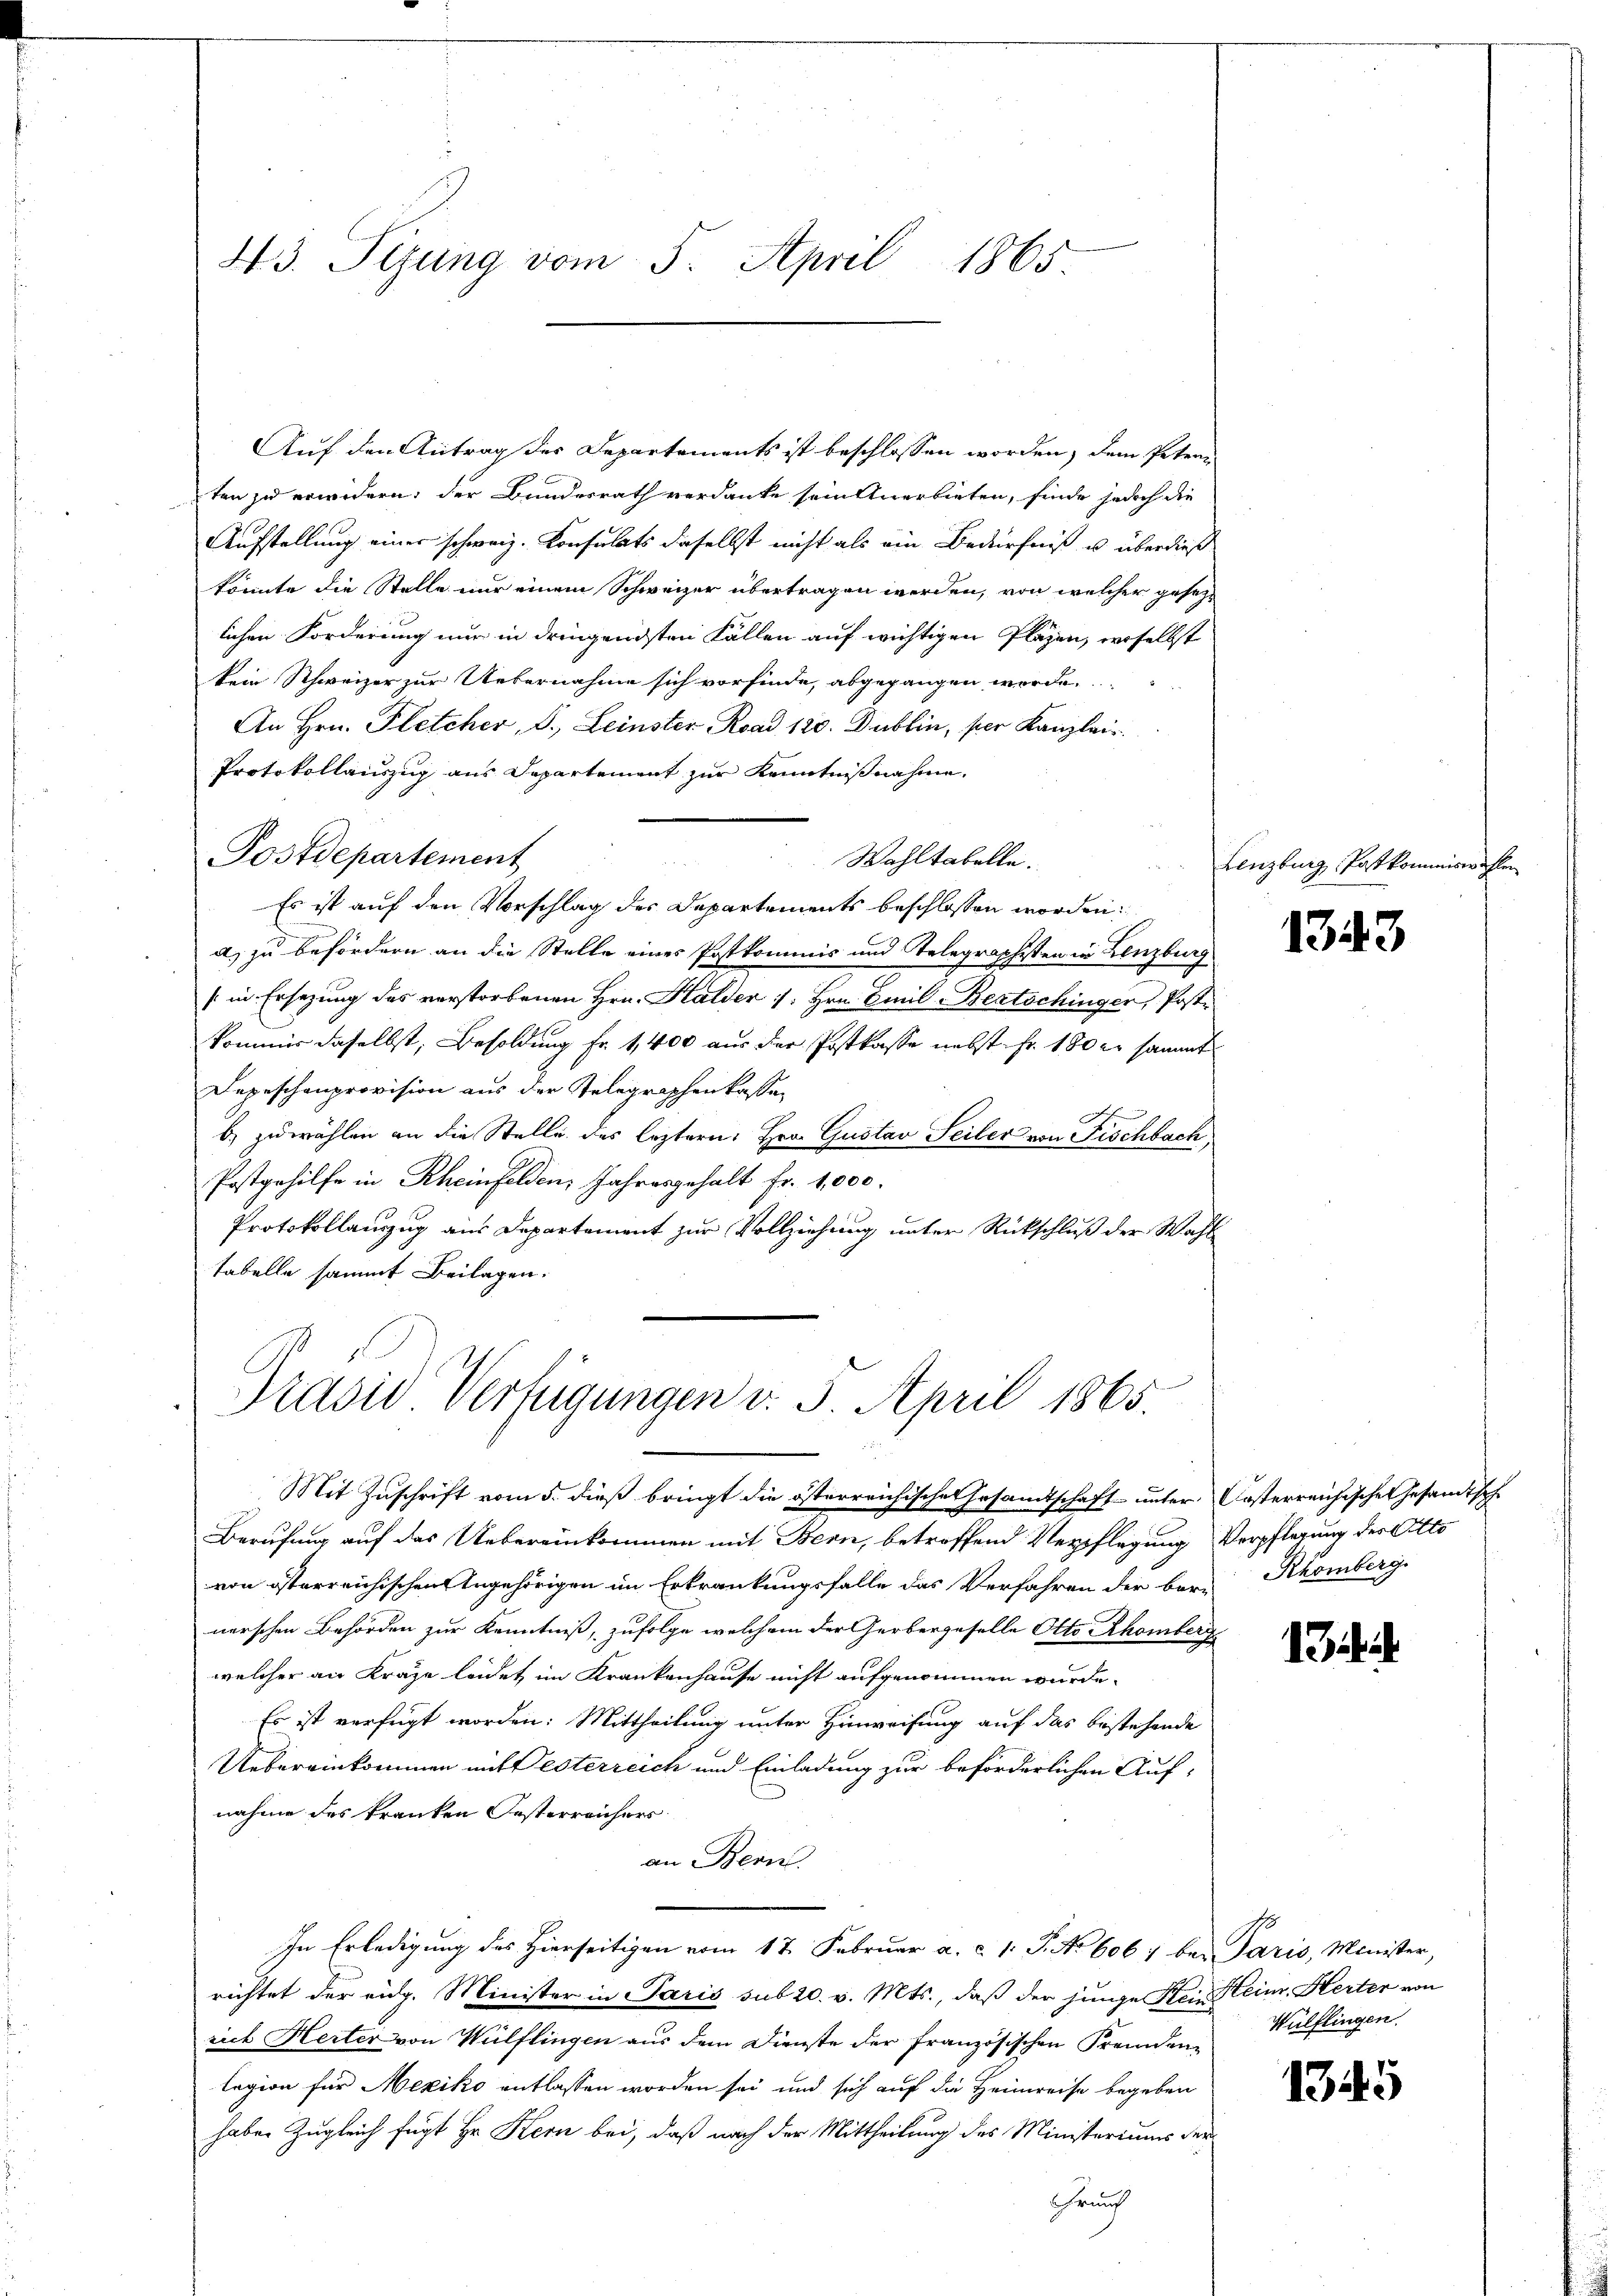
43. Segung vom 5. April 1865.

Auf den Antrag des Departements ist beschlossen worden, dem Peteriten zu erwidern, der Bundesrath verdanke sein Anerbieten, finde jedoch die
Aufstellung einer schweiz. Konsulats daselbst nicht als ein Bedürfniß u. überdieß
könnte die Stelle nur einem Schweizer übertragen werden, von welcher gesezt
lichen Forderung nur in dringendsten Fällen auf wichtigen Pläzen, woselbst
kein Schweizer zur Uebernahme sich vorfinde, abgegangen worde
An Hrn. Fletcher, S. Leinster Road 120. Dublin, per Kanzlei
Protokollauszug aus Departement zur Kenntnißnahme
Postdepartement
Wahltabelle.
22 2
Es ist auf den Vorschlag des Departements beschlossen worden:
a) zu befördern an die Stelle eines Postkommnis und Telegraphisten in Lenzburg
(in Ersezung des verstorbenen Hrn. Halder :/. Hrn. Emil Bertschinger, Post-
kommer daselbst, Besoldung Fr. 1,400 aus der Postkasse nebst Fr. 180 er sammt
Depeschenprovision aus der Telegraphenkassen
b) zu wählen an die Stelle des leztern: Hrn. Gustav Seiler von Fischbach
Postgehilfe in Rheinfelden, Jahresgehalt Fr. 1,000.
Protokollauszug aus Departement zur Vollziehung unter Rückschluß der Wahl
tabelle sammt Beilagen.

Präsid. Verfügungen v. 3. April 1865.
.
Mit Zuschrift vom 5. dieß bringt die österreichischen Gesandtschaft unter Kosterreichischen Gesandtsch

Berufung auf das Uebereinkommen mit Bern, betreffend Verpflegung Verpflegung der Otto
von österreichischen Angehörigen im Erkrankungsfalle das Verfahren der ber. Rhomberg
nerschen Behörden zur Kenntniß, zufolge welchem der Gerbergeselle Otto Rhomberg
welcher an Frage leidet im Krankenhause nicht aufgenommen wurde.
Es ist verfügt worden: Mittheilung unter Hinweisung auf das bestehende
Uebereinkommen mit Testerreich und Einladung zur beförderlichen Aufnahme des kranken Oesterreichers
an Bern.
In Erledigung des Hierseitigen vom 17. Februar a. c. 1. P. No 6067 bei Paris, Minister,
richtet der eidg. Minister in Paris sub 20. v. Mts., daß der junge Sei Heinr. Herter von
rich Herter von Wülflingen aus dem Dienste der französischen Fremdenlegion für Mexiko entlassen worden sei und sich auf die Heimreise begeben
haben Zugleich fügt Hr. Kern bei, daß nach der Mittheilung des Ministeriums der
Frunf

Lenzburg, Postkommiswahlen

1343

13

Wülflingen.

1345